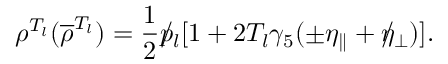
\rho ^ { T _ { l } } ( { \overline { { \rho } } } ^ { T _ { l } } ) = { \frac { 1 } { 2 } } \rlap / p _ { l } [ 1 + 2 T _ { l } \gamma _ { 5 } ( \pm \eta _ { \parallel } + \rlap / \eta _ { \perp } ) ] .